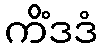
ကိံဒဒံ